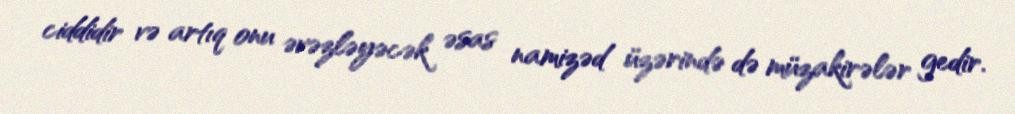
ciddidir və artıq onu əvəzləyəcək əsas namizəd üzərində də müzakirələr gedir.